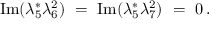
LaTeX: \mathrm { I m } ( \lambda _ { 5 } ^ { * } \lambda _ { 6 } ^ { 2 } ) \ = \ \mathrm { I m } ( \lambda _ { 5 } ^ { * } \lambda _ { 7 } ^ { 2 } ) \ = \ 0 \, .